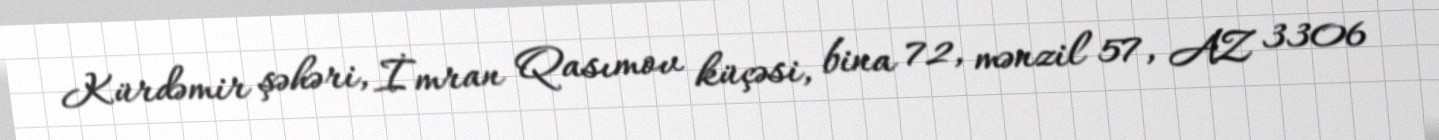
Kürdəmir şəhəri, İmran Qasımov küçəsi, bina 72, mənzil 57, AZ 3306